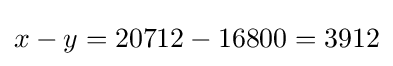
x-y=20712-16800=3912